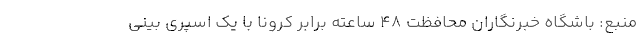
منبع: باشگاه خبرنگاران محافظت ۴۸ ساعته برابر کرونا با یک اسپری بینی